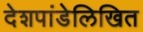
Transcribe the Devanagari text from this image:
देशपांडेलिखित